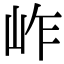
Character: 岞